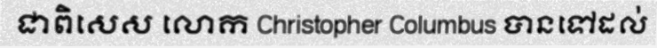
ជាពិសេស លោក Christopher Columbus បានទៅដល់